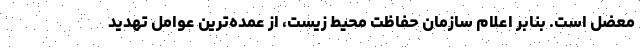
معضل است. بنابر اعلام سازمان حفاظت محیط زیست، از عمده‌ترین عوامل تهدید